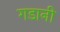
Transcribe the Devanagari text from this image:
गडानी